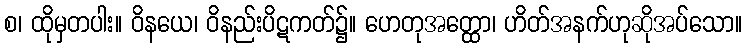
စ၊ ထိုမှတပါး။ ဝိနယေ၊ ဝိနည်းပိဋကတ်၌။ ဟေတုအတ္ထော၊ ဟိတ်အနက်ဟုဆိုအပ်သော။